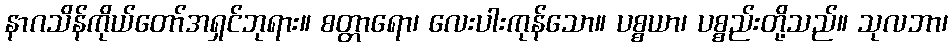
နာဂသိန်ကိုယ်တော်အရှင်ဘုရား။ စတ္တာရော၊ လေးပါးကုန်သော။ ပစ္စယာ၊ ပစ္စည်းတို့သည်။ သုလဘာ၊